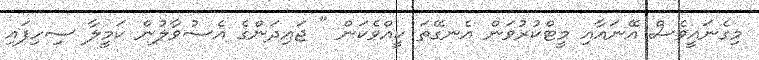
މިގެނައީވެސް އޭނައާއި މީޓްކުރުވަން އެނގޭތަ ކީއްވެކަން " ޖައިދަންގެ އެސުވާލުން ކަމީލާ ސިހިފައި